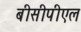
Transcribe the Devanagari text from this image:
बीसीपीएल